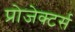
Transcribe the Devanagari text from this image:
प्रोजेक्टर्स